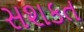
સશકત